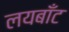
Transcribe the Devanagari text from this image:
लयबाँट